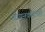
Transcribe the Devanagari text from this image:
गायनवादनही